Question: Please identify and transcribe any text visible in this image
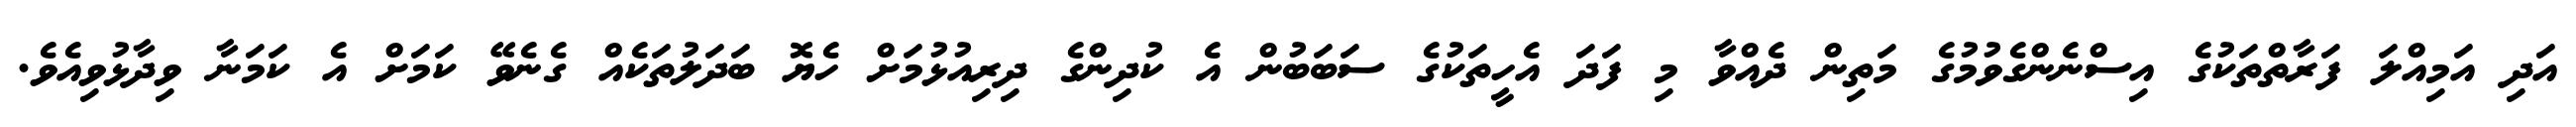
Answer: އަދި އަމިއްލަ ފަރާތްތަކުގެ އިސްނެންގެވުމުގެ މަތިން ދެއްވާ މި ފަދަ އެހީތަކުގެ ސަބަބުން އެ ކުދިންގެ ދިރިއުޅުމަށް ހެޔޮ ބަދަލުތަކެއް ގެނެވޭ ކަމަށް އެ ކަމަނާ ވިދާޅުވިއެވެ.